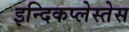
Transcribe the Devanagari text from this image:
इन्दिकप्लेस्तेस